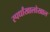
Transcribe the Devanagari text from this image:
स्पर्धांखालोखाल